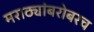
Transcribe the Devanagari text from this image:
मराठ्यांबरोबरच